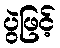
ပွဲဖြင့်